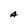
Character: A